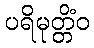
ပရိမုတ္တိံဝ